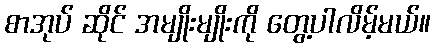
စာအုပ် ဆိုင် အမျိုးမျိုးကို တွေ့ပါလိမ့်မယ်။